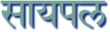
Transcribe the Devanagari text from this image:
सायपल